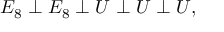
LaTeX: E _ { 8 } \perp E _ { 8 } \perp { \cal U } \perp { \cal U } \perp { \cal U } ,